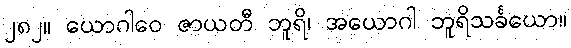
၂၈၂။ ယောဂါဝေ ဇာယတီ ဘူရိ၊ အယောဂါ ဘူရိသင်္ခယော။